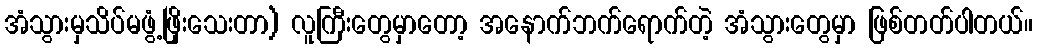
အံသွားမှသိပ်မဖွံ့ဖြိုးသေးတာ) လူကြီးတွေမှာတော့ အနောက်ဘက်ရောက်တဲ့ အံသွားတွေမှာ ဖြစ်တတ်ပါတယ်။